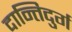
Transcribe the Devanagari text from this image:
दान्तिदुर्ग